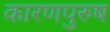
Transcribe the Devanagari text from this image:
कारणपुरुष